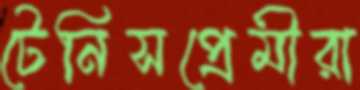
টেনিসপ্রেমীরা